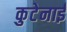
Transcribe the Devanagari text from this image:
कुटेनाई